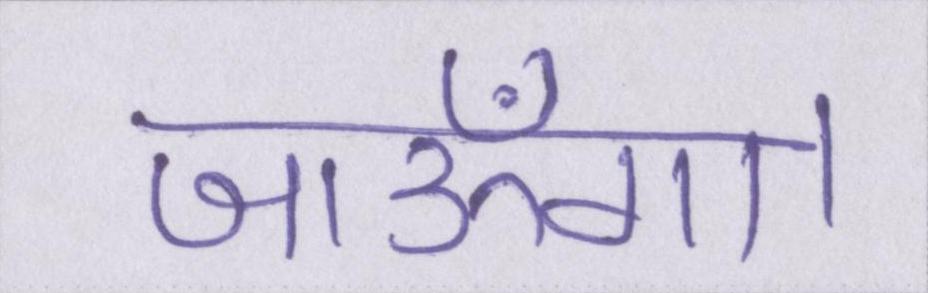
जाऊँगा।